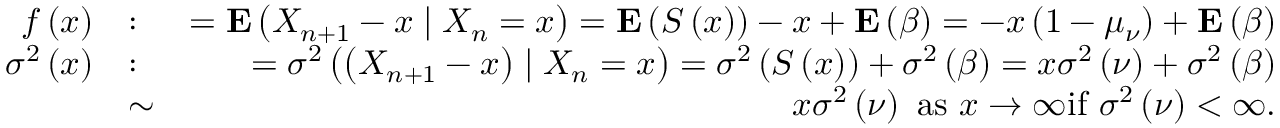
\begin{array} { r l r } { f \left( x \right) } & { : } & { = { \bf E } \left( X _ { n + 1 } - x \mid X _ { n } = x \right) = { \bf E } \left( S \left( x \right) \right) - x + { \bf E } \left( \beta \right) = - x \left( 1 - \mu _ { \nu } \right) + { \bf E } \left( \beta \right) } \\ { \sigma ^ { 2 } \left( x \right) } & { : } & { = \sigma ^ { 2 } \left( \left( X _ { n + 1 } - x \right) \mid X _ { n } = x \right) = \sigma ^ { 2 } \left( S \left( x \right) \right) + \sigma ^ { 2 } \left( \beta \right) = x \sigma ^ { 2 } \left( \nu \right) + \sigma ^ { 2 } \left( \beta \right) } \\ & { \sim } & { x \sigma ^ { 2 } \left( \nu \right) \mathrm { ~ a s ~ } x \rightarrow \infty \mathrm { i f ~ } \sigma ^ { 2 } \left( \nu \right) < \infty . } \end{array}